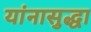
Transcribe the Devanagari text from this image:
यांनासुद्धा